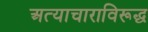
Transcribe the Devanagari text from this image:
अत्याचाराविरूद्ध